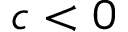
c < 0